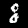
Digit: 8